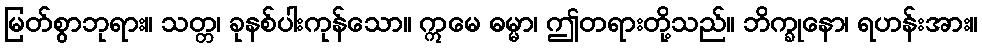
မြတ်စွာဘုရား။ သတ္တ၊ ခုနစ်ပါးကုန်သော။ ဣမေ ဓမ္မာ၊ ဤတရားတို့သည်။ ဘိက္ခုနော၊ ရဟန်းအား။